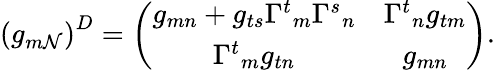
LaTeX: \left(g_{m\mathcal{N}}\right)^{D}=\left(\begin{array}{cc}{{g_{mn}+g_{ts}{\Gamma^{t}}_{m}{\Gamma^{s}}_{n}}}&{{{\Gamma^{t}}_{n}g_{tm}}}\\ {{{\Gamma^{t}}_{m}g_{tn}}}&{{g_{mn}}}\end{array}\right).